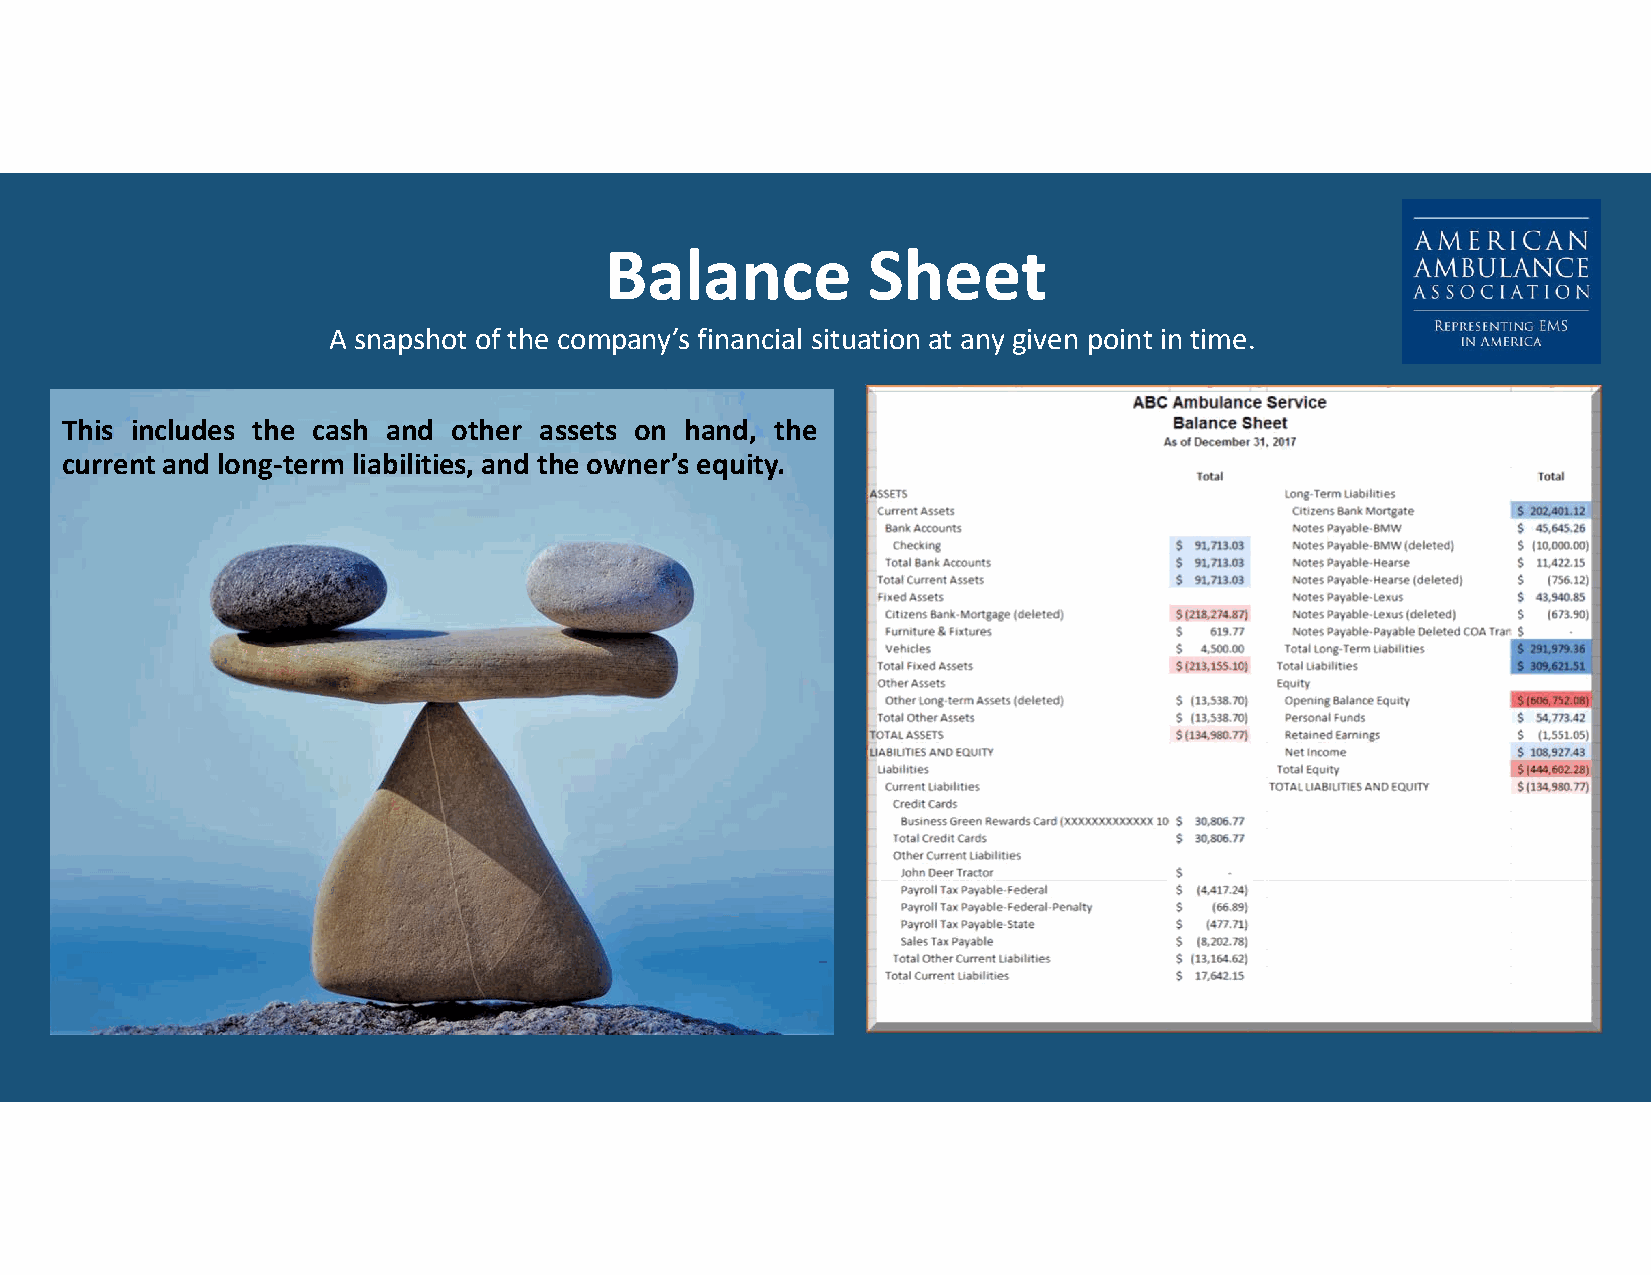
Balance          Sheet
 A snapshot of the company’s financial situation at any given point in time.
 This includes the cash and other assets on hand, the
 current and long-term liabilities, and the owner’s equity.